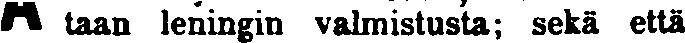
# taan leningin valmistusta; sekä että